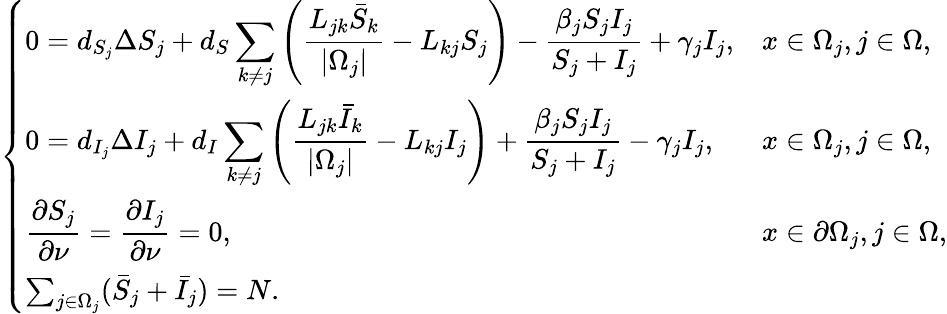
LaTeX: \left\{ \begin{array}{ll}{\displaystyle 0=d_{S_{j}}\Delta S_{j}+d_{S}\sum_{k\neq j}\left(\frac{L_{jk}\bar{S}_{k}}{|\Omega_{j}|}-L_{kj}S_{j}\right)-\displaystyle\frac{\beta_{j}S_{j}I_{j}}{S_{j}+I_{j}}+\gamma_{j}I_{j},}&{x\in\Omega_{j},j\in\Omega,}\\ {\displaystyle 0=d_{I_{j}}\Delta I_{j}+d_{I}\sum_{k\neq j}\left(\frac{L_{jk}\bar{I}_{k}}{|\Omega_{j}|}-L_{kj}I_{j}\right)+\displaystyle\frac{\beta_{j}S_{j}I_{j}}{S_{j}+I_{j}}-\gamma_{j}I_{j},}&{x\in\Omega_{j},j\in\Omega,}\\ {\displaystyle\frac{\partial S_{j}}{\partial\nu}=\displaystyle\frac{\partial I_{j}}{\partial\nu}=0,}&{x\in\partial\Omega_{j},j\in\Omega,}\\ {\sum_{j\in\Omega_{j}}(\bar{S}_{j}+\bar{I}_{j})=N.}\end{array}\right.